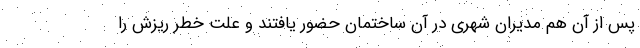
پس از آن هم مدیران شهری در آن ساختمان حضور یافتند و علت خطر ریزش را